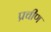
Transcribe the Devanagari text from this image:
प्रचीण